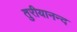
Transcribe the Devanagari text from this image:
तुरीयानन्द